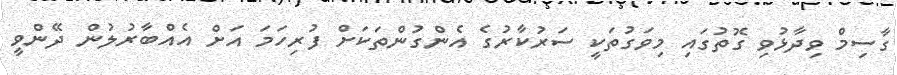
ގާސިމް ވިދާޅުވި ގޮތުގައި މިވަގުތަކީ ސަރުކާރުގެ އެންގުންތަކަށް ފުރިހަމަ އަށް އެއްބާރުލުން ދޭންވީ